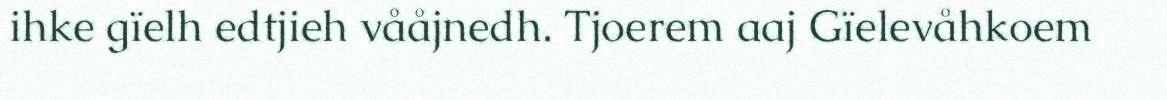
ihke gïelh edtjieh vååjnedh. Tjoerem aaj Gïelevåhkoem